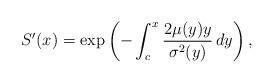
LaTeX: \begin{align*}S'(x)=\exp\left(-\int_c^x\frac{2\mu(y)y}{\sigma^2(y)}\,dy\right),\end{align*}